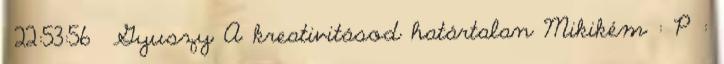
22:53:56 Gyuszy A kreativitásod határtalan Mikikém : P :